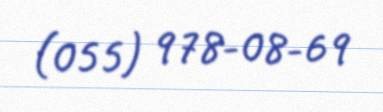
(055) 978-08-69